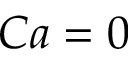
C a = 0